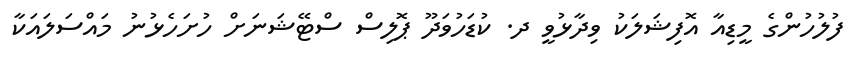
ފުލުހުންގެ މީޑިއާ އޮފިޝަލަކު ވިދާޅުވީ ދ. ކުޑަހުވަދޫ ޕޮލިސް ސްޓޭޝަނަށް ހުށަހެޅުނު މައްސަލައަކާ